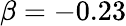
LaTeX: \beta=-0.23